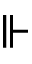
\Vdash